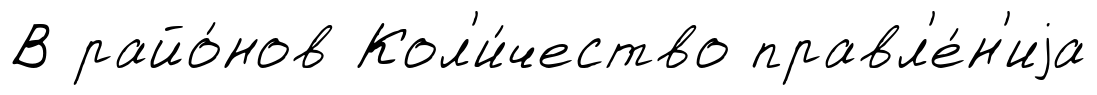
В райо́нов Кол'и́чество правл'е́н'иjа